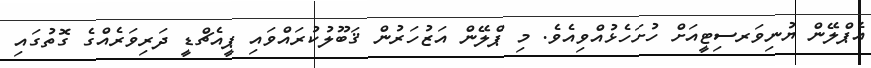
އެޕްލޭން ޔުނިވަރސިޓީއަށް ހުށަހެޅުއްވިއެވެ. މި ޕްލޭން އަޒުހަރުން ޤަބޫލުކުރައްވައި ޕީއެޗްޑީ ދަރިވަރެއްގެ ގޮތުގައި